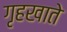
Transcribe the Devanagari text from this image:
गृहखाते